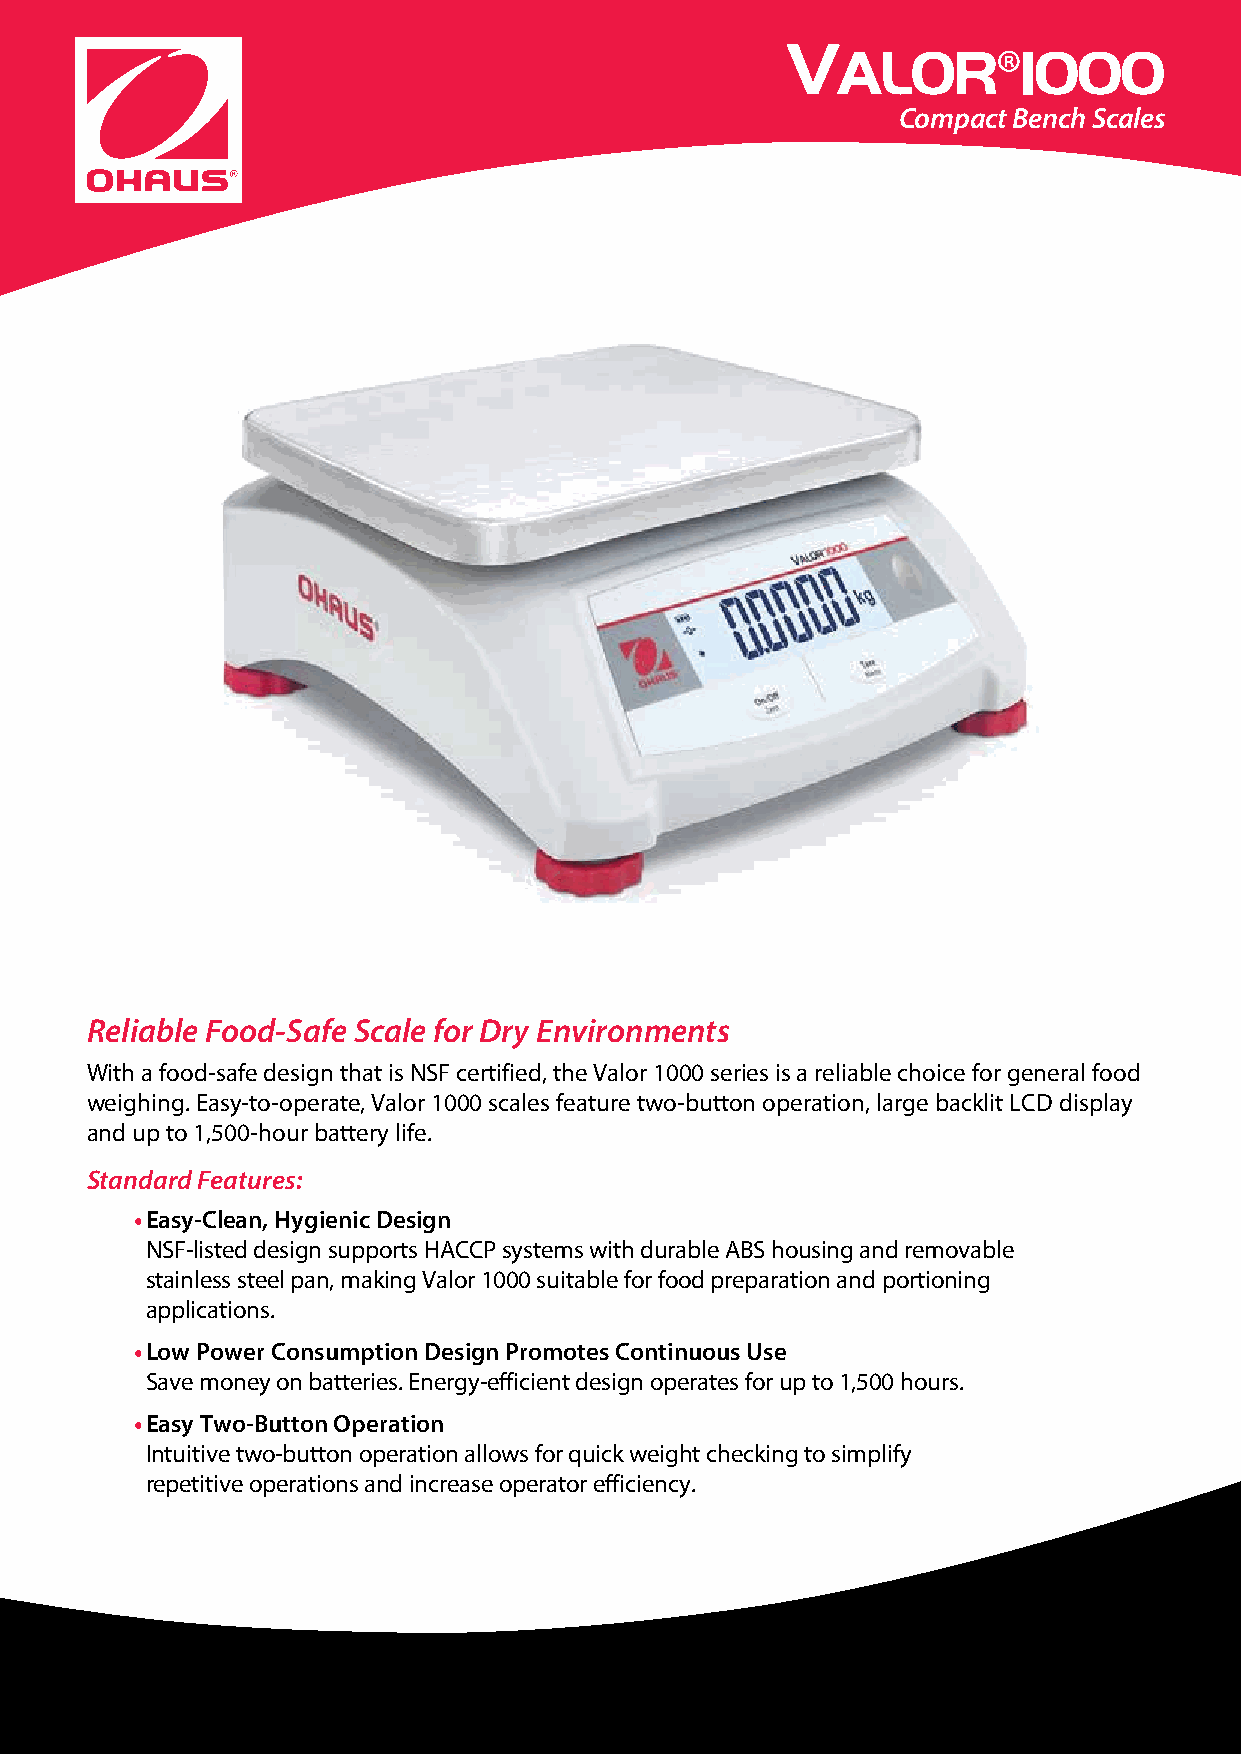
V
 ALOR®1000
 Compact Bench Scales
 Reliable Food-Safe Scale for Dry Environments
 With a food-safe design that is NSF certified, the Valor 1000 series is a reliable choice for general food
 weighing. Easy-to-operate, Valor 1000 scales feature two-button operation, large backlit LCD display
 and up to 1,500-hour battery life.
 Standard Features:
 • Easy-Clean, Hygienic Design
 NSF-listed design supports HACCP systems with durable ABS housing and removable
 stainless steel pan, making Valor 1000 suitable for food preparation and portioning
 applications.
 • Low Power Consumption Design Promotes Continuous Use
 Save money on batteries. Energy-efficient design operates for up to 1,500 hours.
 • Easy Two-Button Operation
 Intuitive two-button operation allows for quick weight checking to simplify
 repetitive operations and increase operator efficiency.